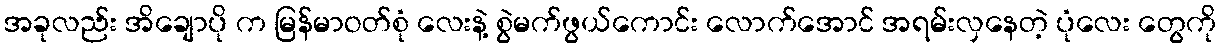
အခုလည်း အိချောပို က မြန်မာဝတ်စုံ လေးနဲ့ စွဲမက်ဖွယ်ကောင်း လောက်အောင် အရမ်းလှနေတဲ့ ပုံလေး တွေကို